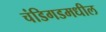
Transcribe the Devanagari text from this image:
चंडिगडमधील